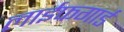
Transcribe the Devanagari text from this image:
लाईफगार्ड